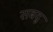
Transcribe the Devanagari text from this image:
सबदु